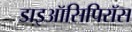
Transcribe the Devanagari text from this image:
डाइऑसिपिरॉस